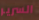
السرير